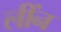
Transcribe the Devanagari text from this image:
लींन